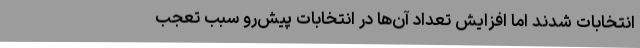
انتخابات شدند اما افزایش تعداد آن‌ها در انتخابات پیش‌رو سبب تعجب